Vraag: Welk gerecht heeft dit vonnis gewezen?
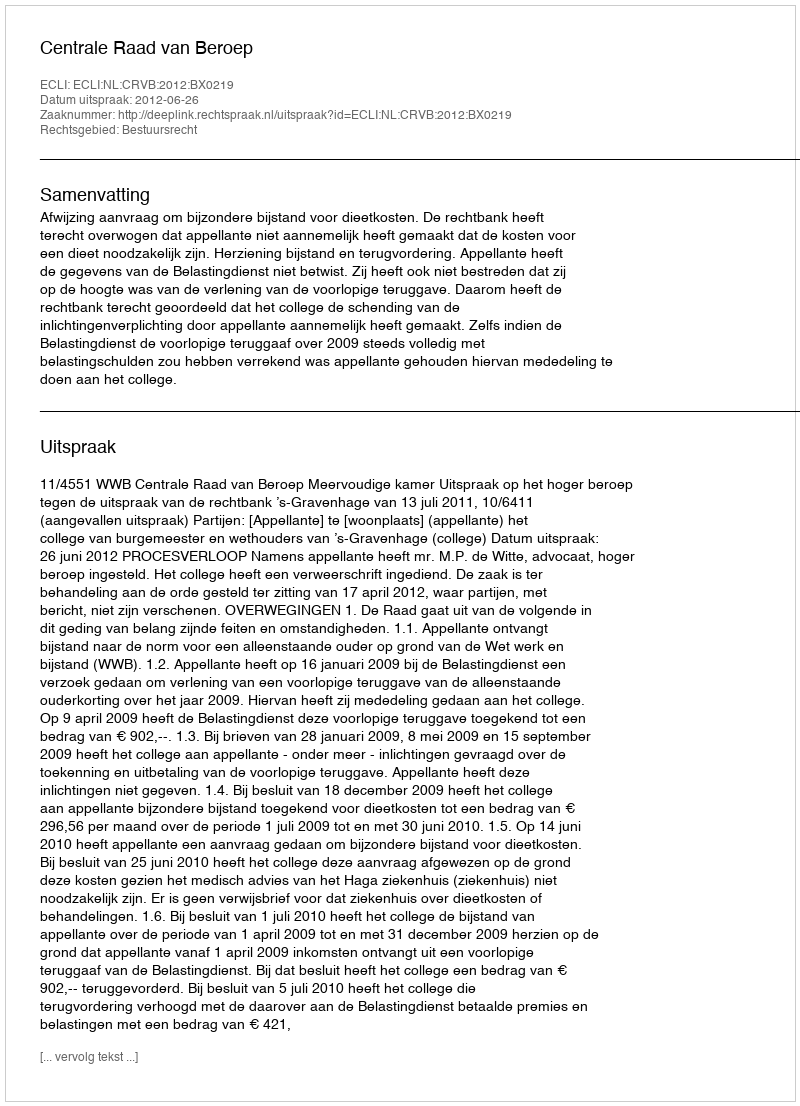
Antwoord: Centrale Raad van Beroep